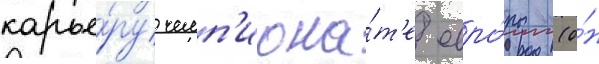
карье́ру чемп'иона́т'е евро́пы (о́н